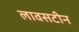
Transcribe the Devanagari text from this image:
लावसटीन